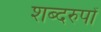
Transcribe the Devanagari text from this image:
शब्दरुपों